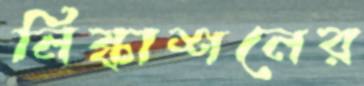
নিষ্কাশনের